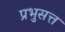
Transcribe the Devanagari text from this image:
प्रभुसत्त